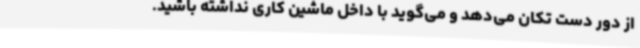
از دور دست تکان می‌دهد و می‌گوید با داخل ماشین کاری نداشته باشید.